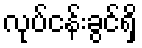
လုပ်ငန်းခွင်ရှိ